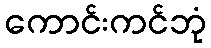
ကောင်းကင်ဘုံ